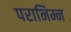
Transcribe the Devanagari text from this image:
परानिम्न